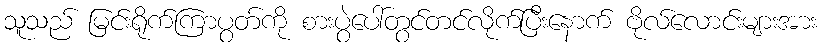
သူသည် မြင်းရိုက်ကြာပွတ်ကို စားပွဲပေါ်တွင်တင်လိုက်ပြီးနောက် ဗိုလ်လောင်းများအား